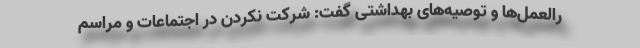
رالعمل‌ها و توصیه‌های بهداشتی گفت: شرکت نکردن در اجتماعات و مراسم‌